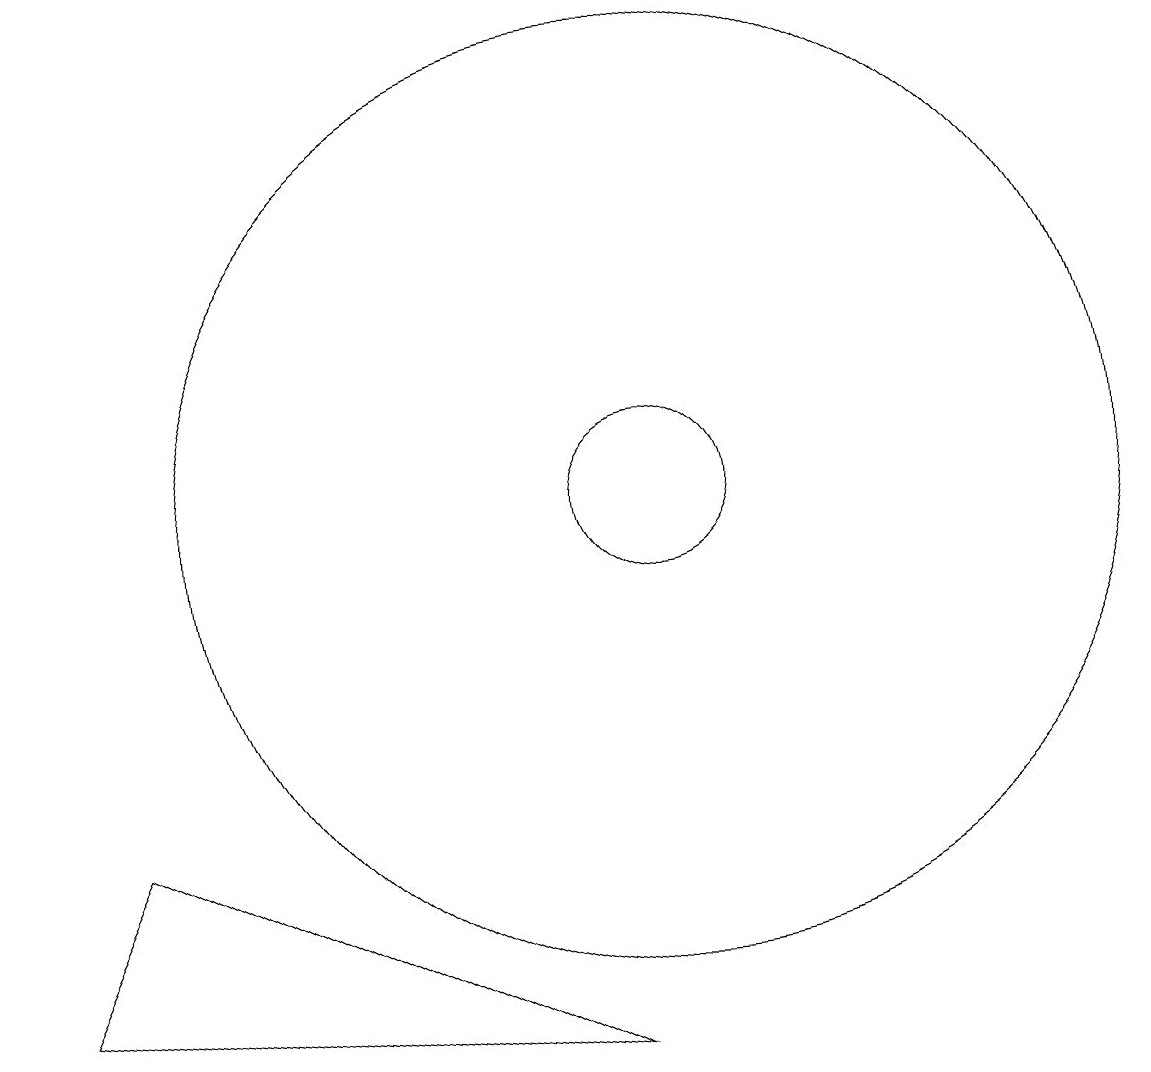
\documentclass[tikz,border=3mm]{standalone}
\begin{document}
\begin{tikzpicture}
\draw (10,10) circle (1);
\draw (9,3) -- (2,4) -- (3,6) -- cycle;
\draw (10,10) circle (6);
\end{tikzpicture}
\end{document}